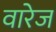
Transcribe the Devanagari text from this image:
वारेज